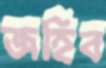
জহিব